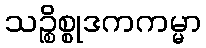
သဉ္စိစ္စုဒကကမ္မာ